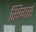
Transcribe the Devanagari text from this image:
स्विमर्स